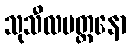
သုသီလမတ္တနော